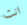
انت